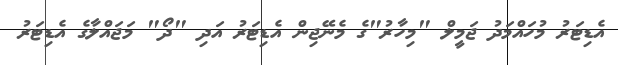
އެޑިޓަރު މުހައްމަދު ޖަމީލް "މިހާރު"ގެ މެނޭޖިން އެޑިޓަރު އަދި "ދޯ" މަޖައްލާގެ އެޑިޓަރު